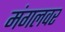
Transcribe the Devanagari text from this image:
मंगलवर